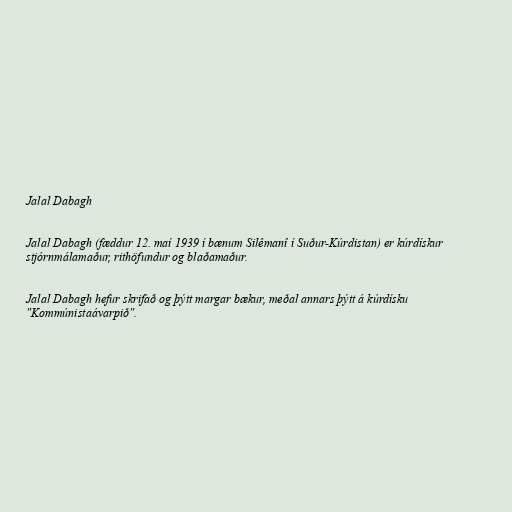
Jalal Dabagh

Jalal Dabagh (fæddur 12. maí 1939 í bænum Silêmanî í Suður-Kúrdistan) er kúrdískur
stjórnmálamaður, rithöfundur og blaðamaður.

Jalal Dabagh hefur skrifað og þýtt margar bækur, meðal annars þýtt á kúrdísku
"Kommúnistaávarpið".